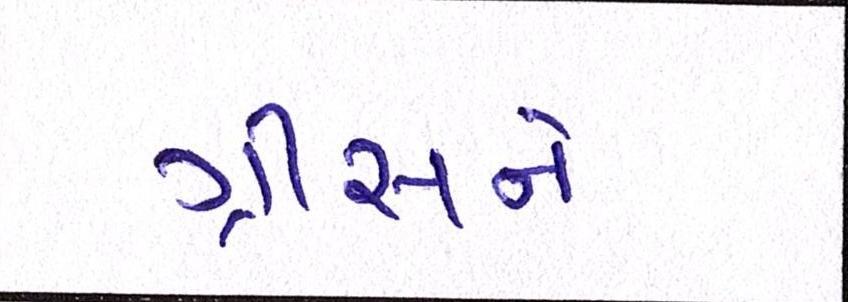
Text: ગ્રીસને